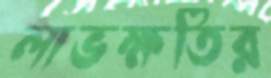
লাভক্ষতির